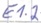
Text: E1.2